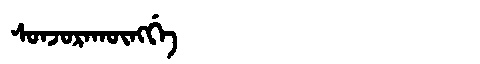
Manchu: ᠰᠣᠨᠵᠣᡵᠠᡴᡡᠩᡤᡝ
Romanization: SONJORAKŪNGGE